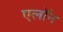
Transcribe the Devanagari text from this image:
एलाॅन